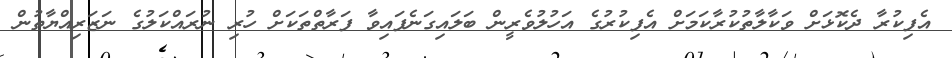
އެފިކުރާ ދެކޮޅަށް ވަކާލާތުކުރާކަމަށް އެފިކުރުގެ އަހުލުވެރީން ބަލައިގަނެފައިވާ ފަރާތްތަކަށް ހުރި ނުރައްކަލުގެ ނަޒަރިއްޔާތުން